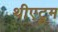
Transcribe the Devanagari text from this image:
थीएट्रुम